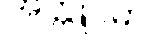
အတ္တူပမာ